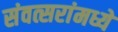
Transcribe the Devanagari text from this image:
संवत्सरांमध्ये